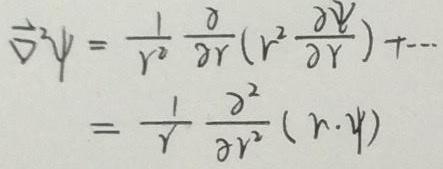
\[
\begin{align*}
\nabla^{2}\psi&=\frac{1}{r^{2}}\frac{\partial}{\partial r}(r^{2}\frac{\partial\psi}{\partial r})+\cdots\\
&=\frac{1}{r}\frac{\partial^{2}}{\partial r^{2}}(r\cdot\psi)
\end{align*}
\]